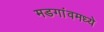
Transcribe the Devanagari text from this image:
मडगांवमध्ये